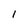
Character: l